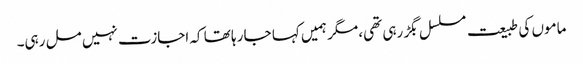
ماموں کی طبیعت مسلسل بگڑ رہی تھی، مگر ہمیں کہا جا رہا تھا کہ اجازت نہیں مل رہی۔